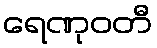
ရေဏုဝတီ